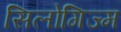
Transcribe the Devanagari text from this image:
सिलोगिज्म